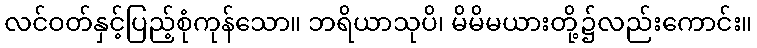
လင်ဝတ်နှင့်ပြည့်စုံကုန်သော။ ဘရိယာသုပိ၊ မိမိမယားတို့၌လည်းကောင်း။